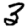
Digit: 3